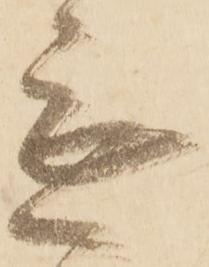
無